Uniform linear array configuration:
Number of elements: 32
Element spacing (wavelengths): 0.25
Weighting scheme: binomial
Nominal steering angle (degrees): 30
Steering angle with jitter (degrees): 30.171
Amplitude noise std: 0.05
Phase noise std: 0.05

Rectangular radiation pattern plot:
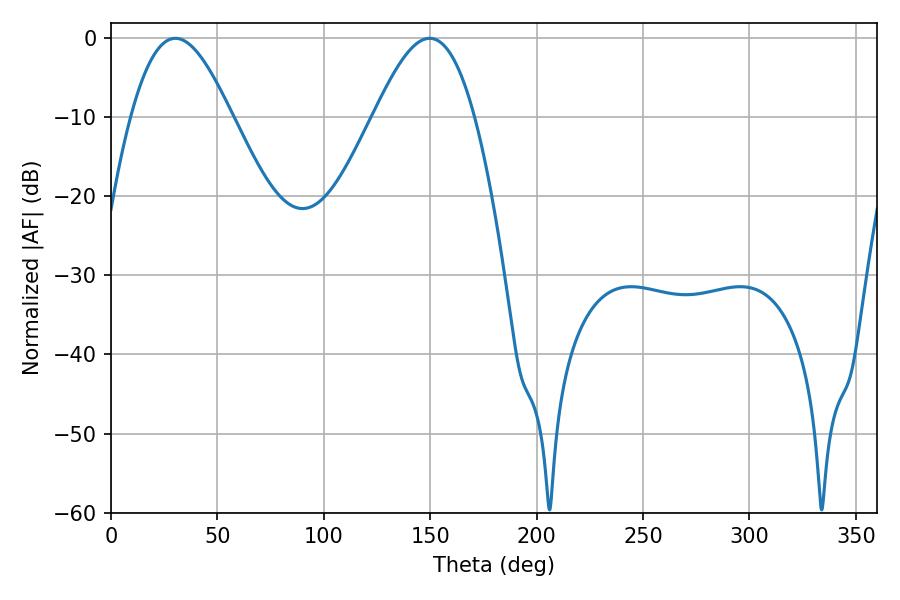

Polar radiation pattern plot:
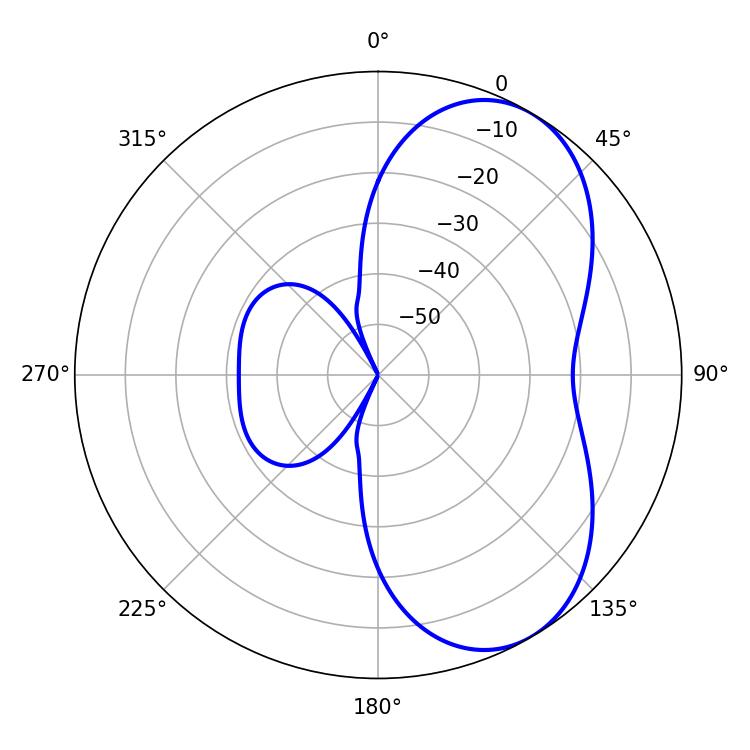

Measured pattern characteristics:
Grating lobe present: FALSE
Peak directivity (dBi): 5.896
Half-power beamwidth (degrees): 25.56
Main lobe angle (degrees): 30.24